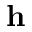
\mathbf { h }